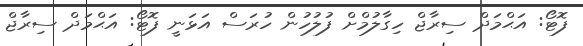
ފޮޓޯ: އަޙްމަދް ސިރާޖް ހިގާލުމްށް ފުލުހުން ހުރަސް އަޅަނީ ފޮޓޯ: އަޙްމަދް ސިރާޖް